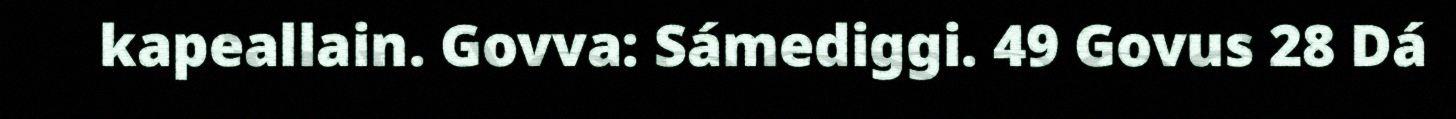
kapeallain. Govva: Sámediggi. 49 Govus 28 Dá